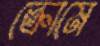
ক্রোমে